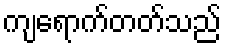
ကျရောက်တတ်သည်